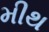
મીથ